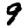
Digit: 9